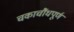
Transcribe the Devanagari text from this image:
चकाचौंधपूर्ण